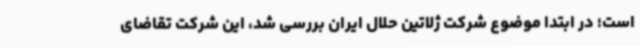
است؛ در ابتدا موضوع شرکت ژلاتین حلال ایران بررسی شد، این شرکت تقاضای